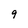
Character: 9